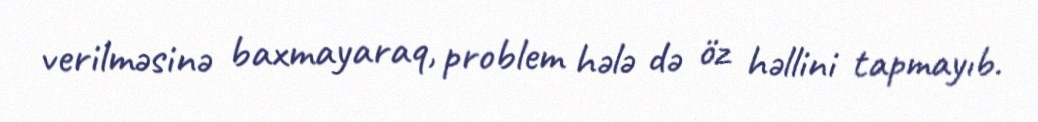
verilməsinə baxmayaraq, problem hələ də öz həllini tapmayıb.